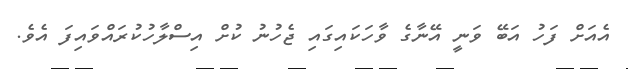
އެއަށް ފަހު އަބޭ ވަނީ އޭނާގެ ވާހަކައިގައި ޖެހުނު ކުށް އިސްލާހުކުރައްވައިފަ އެވެ.